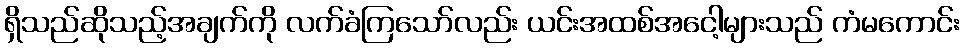
ရှိသည်ဆိုသည့်အချက်ကို လက်ခံကြသော်လည်း ယင်းအထစ်အငေါ့များသည် ကံမကောင်း